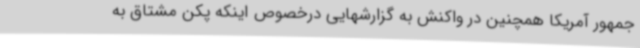
جمهور آمریکا همچنین در واکنش به گزارشهایی درخصوص اینکه پکن مشتاق به